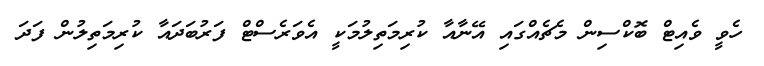
ހެވީ ވެއިޓް ބޮކްސިން މެޗެއްގައި އޭނާއާ ކުރިމަތިލުމަކީ އެވަރެސްޓް ފަރުބަދައާ ކުރިމަތިލުން ފަދަ